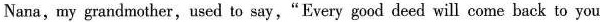
Nana,my grandmother,used to say,"Every good deed will come back to you